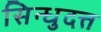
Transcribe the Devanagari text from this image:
सिन्धुदत्त